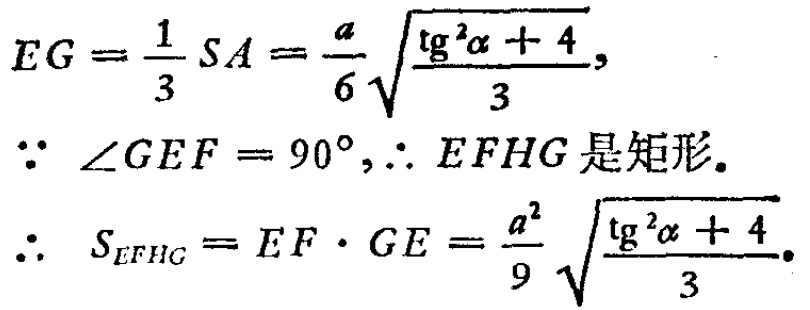
\[
\begin{align*}
EG&=\frac{1}{3}SA=\frac{a}{6}\sqrt{\frac{\mathrm{tg}^{2}\alpha + 4}{3}},\\
\because\angle GEF& = 90^{\circ},\therefore EFHG\text{ 是矩形.}\\
\therefore S_{EFHG}&=EF\cdot GE=\frac{a^{2}}{9}\sqrt{\frac{\mathrm{tg}^{2}\alpha + 4}{3}}.
\end{align*}
\]